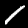
Digit: 1